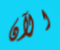
الآن